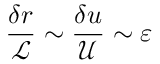
\frac { \delta r } { \mathcal { L } } \sim \frac { \delta u } { \mathcal { U } } \sim \varepsilon